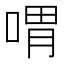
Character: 喟